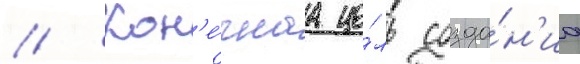
// Кон'е́чнаа це́ль созда́н'иа